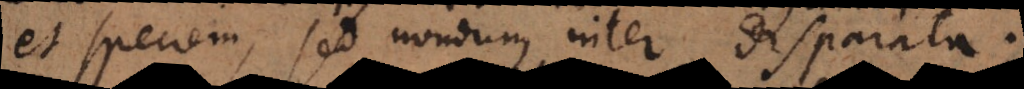
et speciem, sed nondum inter disparata.